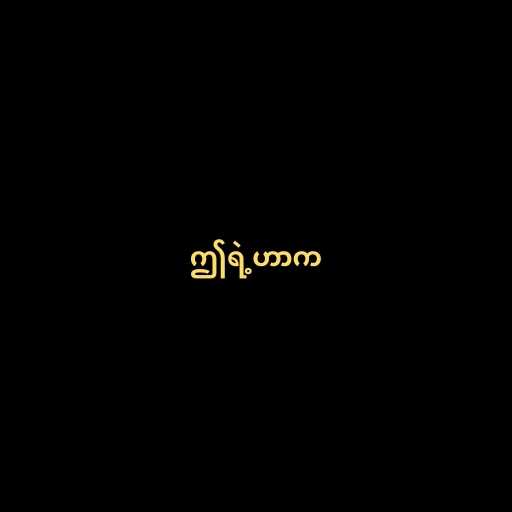
ဤရဲ့ဟာက